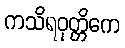
ကသိရဝုတ္တိကေ